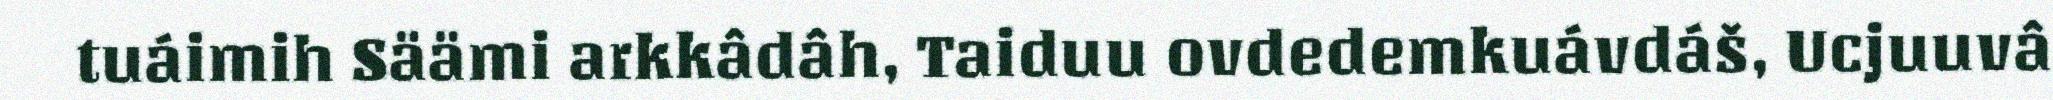
tuáimih Säämi arkkâdâh, Taiduu ovdedemkuávdáš, Ucjuuvâ